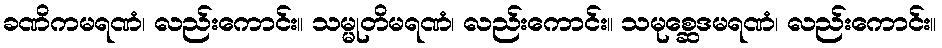
ခဏိကမရဏံ၊ လည်းကောင်း။ သမ္မုတိမရဏံ၊ လည်းကောင်း။ သမုစ္ဆေဒမရဏံ၊ လည်းကောင်း။